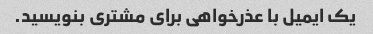
یک ایمیل با عذرخواهی برای مشتری بنویسید.